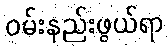
ဝမ်းနည်းဖွယ်ရာ